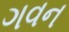
ગવન